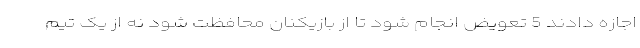
اجازه دادند 5 تعویض انجام شود تا از بازیکنان محافظت شود نه از یک تیم